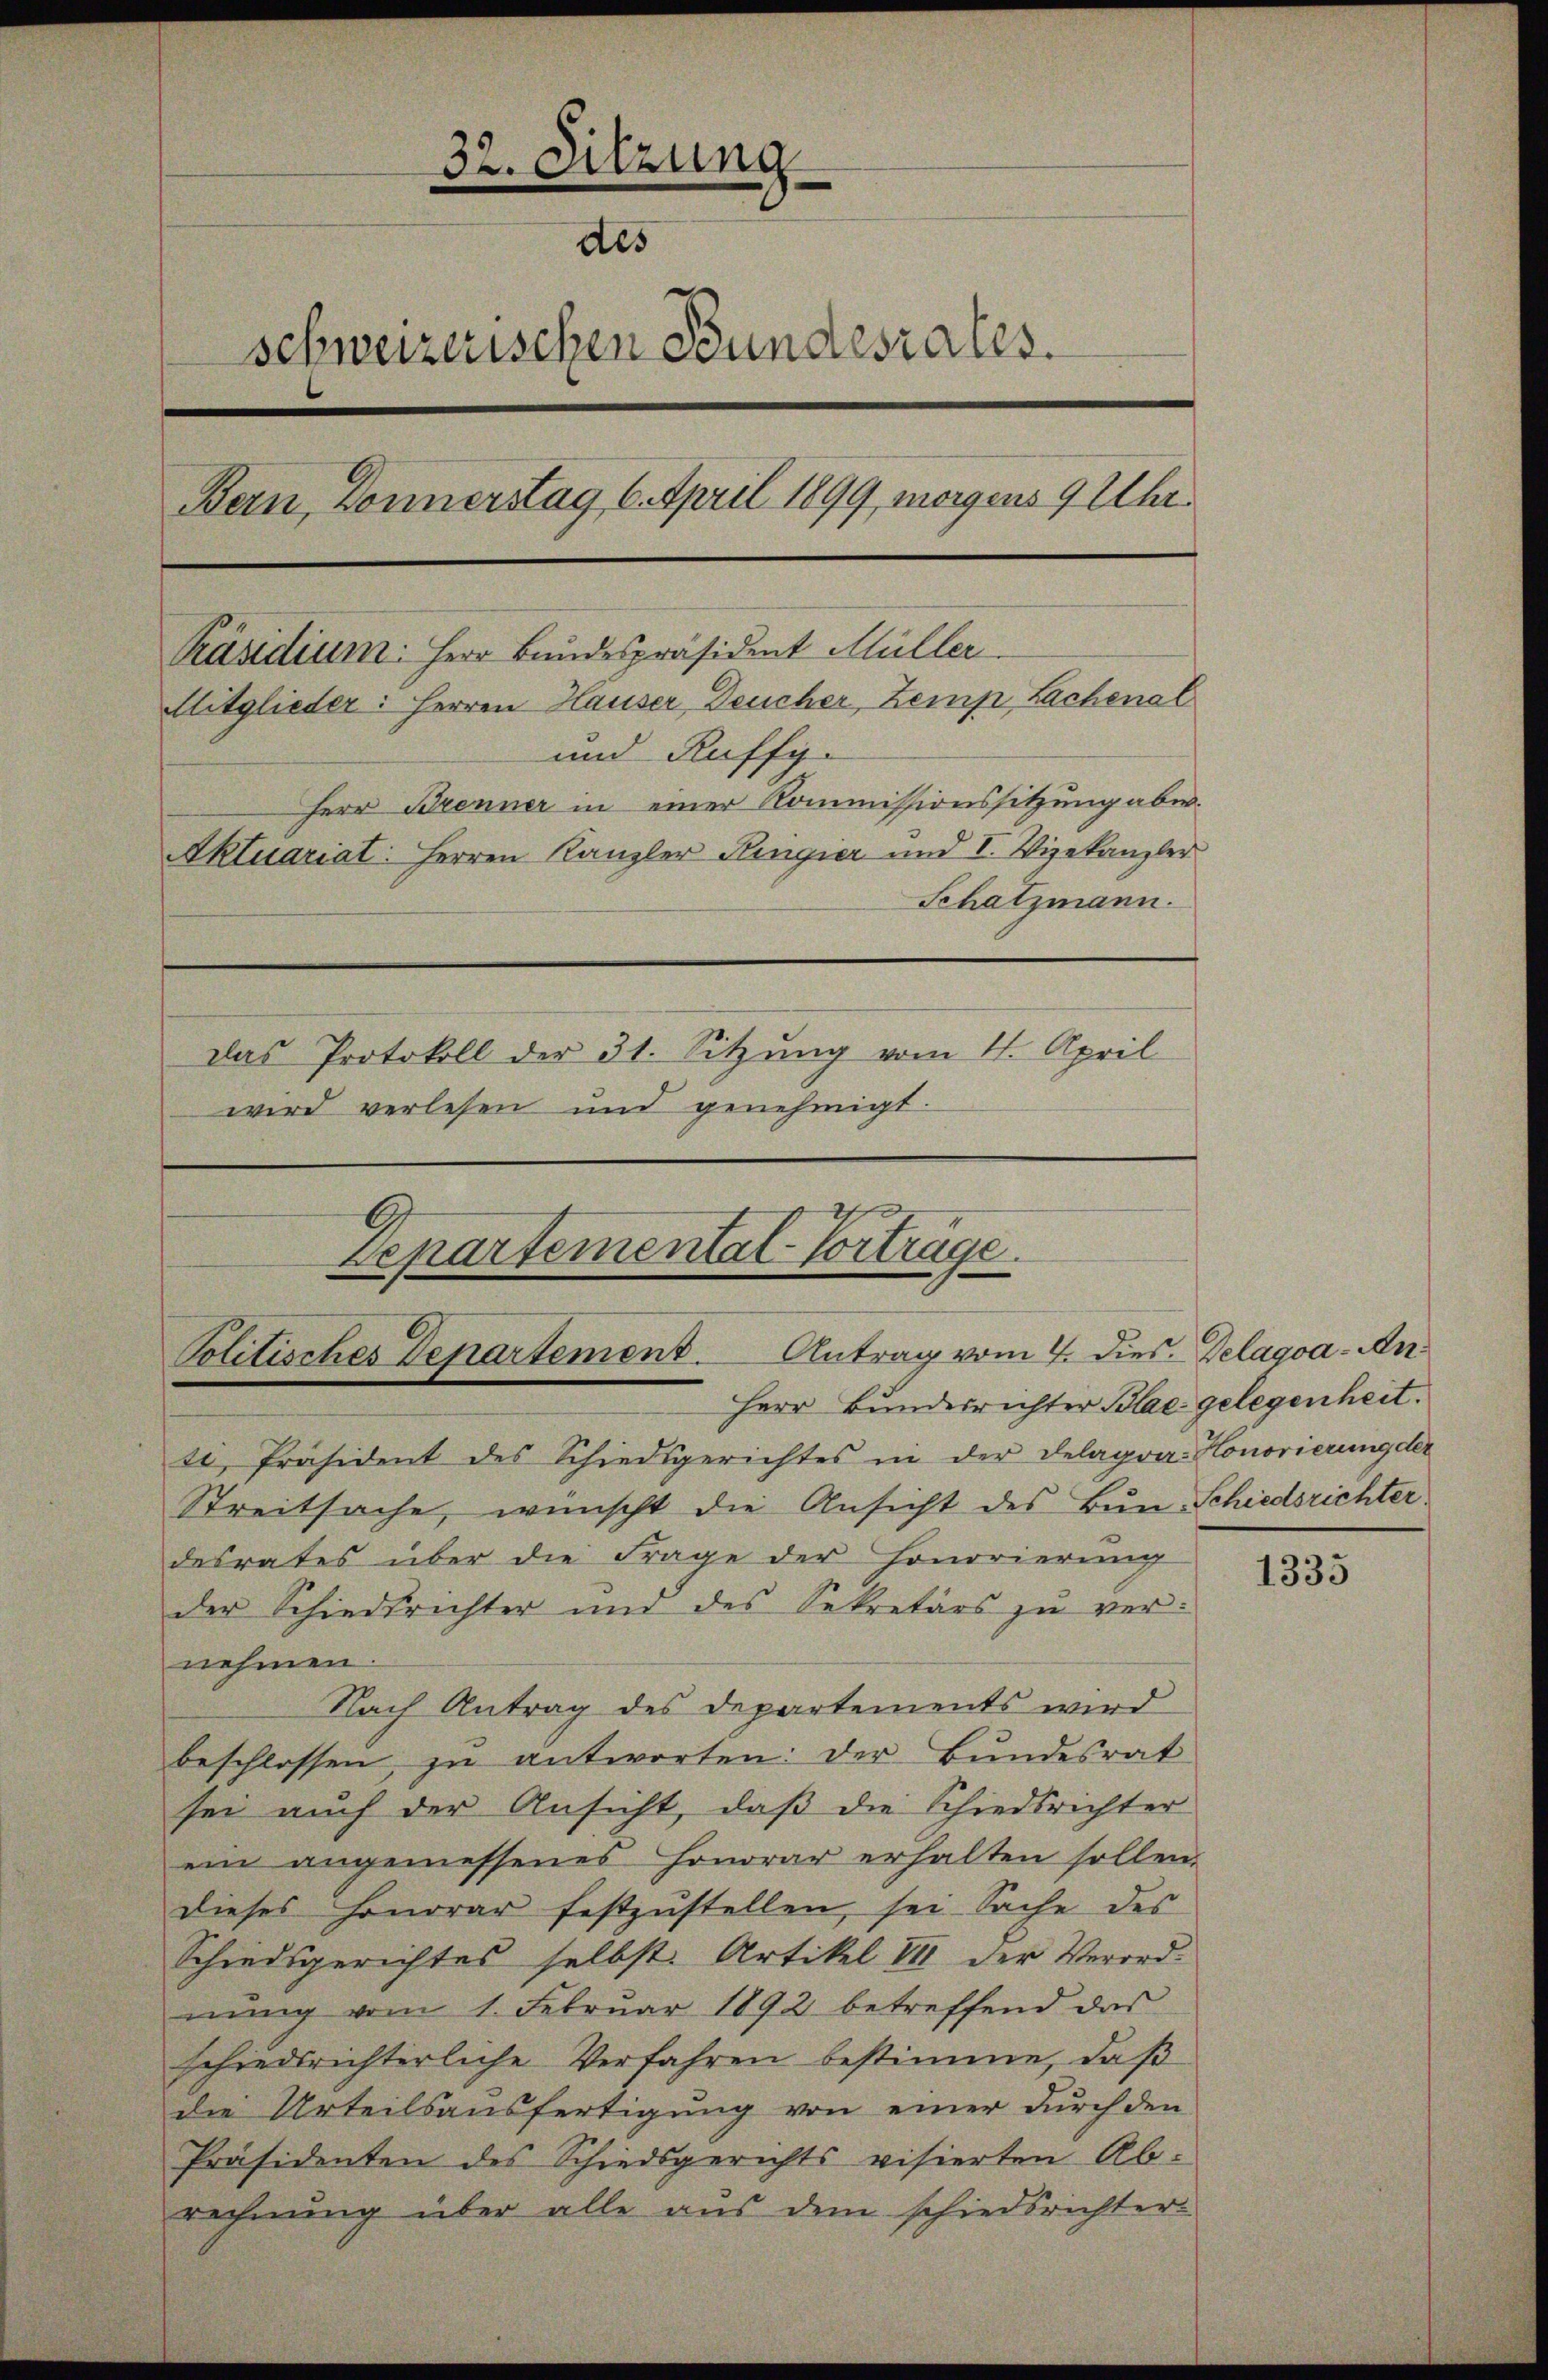
32. Sitzung
des
schweizerischen Bundesrates.
Bern, Donnerstag 6. April 1899, morgens 9 Uhr
Präsidium. Herr Bundespräsident Müller
Mitglieder: Herren Hauser, Deucher, Zemp, Lachenal
und Ruffy.
Herr Brenner in einer Kommissionssitzung aber.
Aktuariat: Herren Kanzler Kingier und I. Vizekanzler
Schatzmann.
das Protokoll der 31. Sitzŭng vom 4. April
wird verlesen und genehmigt.

Departemental-Vorträge.
Politisches Departement. Antrag vom 4. Dies. Delagoa- An
Herr Bunderrichter Blac gelegenheit.

ti, Präsident des Schiedsgerichtes in der Delagrar-Honorierung der
Streitsache, wünscht die Ansicht des Bun-Schiedsrichter
desrates über die Frage der Honorierung
der Schiedsrichter und des Sekretärs zŭ vernehmen
Nach Antrag des Departements wird
beschlossen, zu antworten: der Bundesrat
sei auch der Ansicht, daß die Schiedsrichter
ein angemessenes Honorar erhalten sollen.
dieses Honorar festzustellen, sei Sache des
Schiedsgerichtes selbst. Artikel III der Verord-
nung vom 1. Februar 1892 betreffend das
schiedsrichterliche Verfahren bestimme, daß
die Urteilsausfertigung von einer durch den
Präsidenten des Schiedsgerichts visierten Ab-
rechnung über alle aus dem schiedsrichter

1335